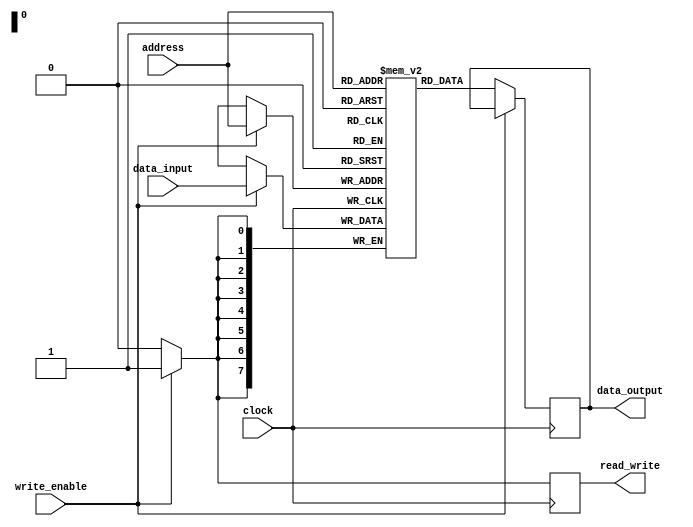
module ram (
  input wire [7:0] address,
  input wire [7:0] data_input,
  input wire write_enable,
  input wire clock,
  output reg [7:0] data_output,
  output reg read_write
);

parameter RAM_SIZE = 256;
reg [7:0] mem_array [0:RAM_SIZE-1];

always @(posedge clock) begin
  if (write_enable) begin
    mem_array[address] <= data_input;
    read_write <= 1'b1; // write operation
  end else begin
    data_output <= mem_array[address];
    read_write <= 1'b0; // read operation
  end
end

endmodule